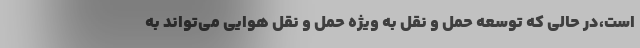
است،در حالی که توسعه حمل و نقل به ویژه حمل و نقل هوایی می‌تواند به